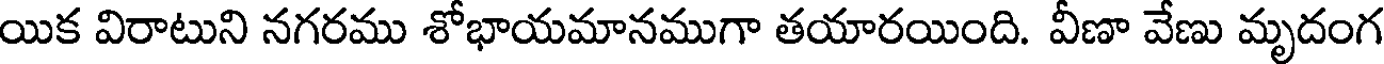
యిక విరాటుని నగరము శోభాయమానముగా తయారయింది. వీణా వేణు మృదంగ